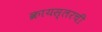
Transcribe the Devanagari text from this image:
क्रायस्लरची